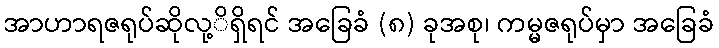
အာဟာရဇရုပ်ဆိုလု့ိရှိရင် အခြေခံ (၈) ခုအစု၊ ကမ္မဇရုပ်မှာ အခြေခံ